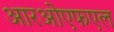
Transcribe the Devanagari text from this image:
आरओएफएल